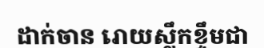
ដាក់ចាន រោយស្លឹកខ្ទឹមជា